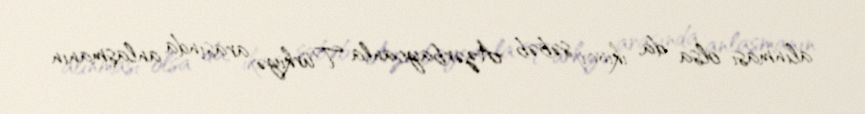
alınması olsa da, ikinci səbəb Azərbaycanla Türkiyə arasında anlaşmanın